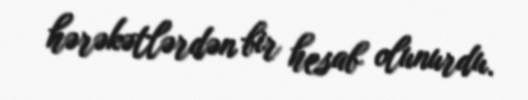
hərəkətlərdən bir hesab olunurdu.